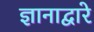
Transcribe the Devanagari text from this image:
ज्ञानाद्वारे